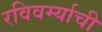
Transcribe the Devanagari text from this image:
रविवर्म्याची